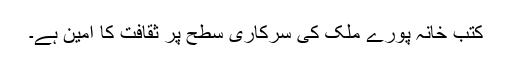
کتب خانہ پورے ملک کی سرکاری سطح پر ثقافت کا امین ہے۔